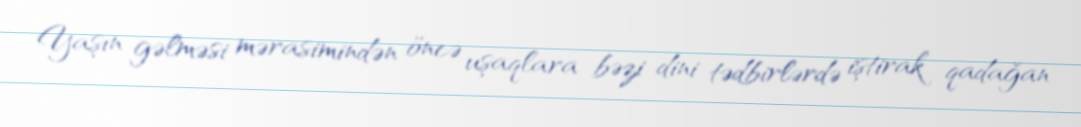
Yaşın gəlməsi mərasimindən öncə uşaqlara bəzi dini tədbirlərdə iştirak qadağan